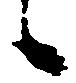
候